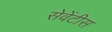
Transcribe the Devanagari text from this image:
सेवेंटीस